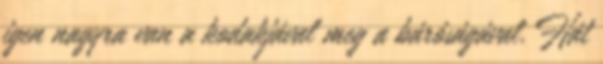
igen nagyra van a kodakjával meg a báróságával. Hát